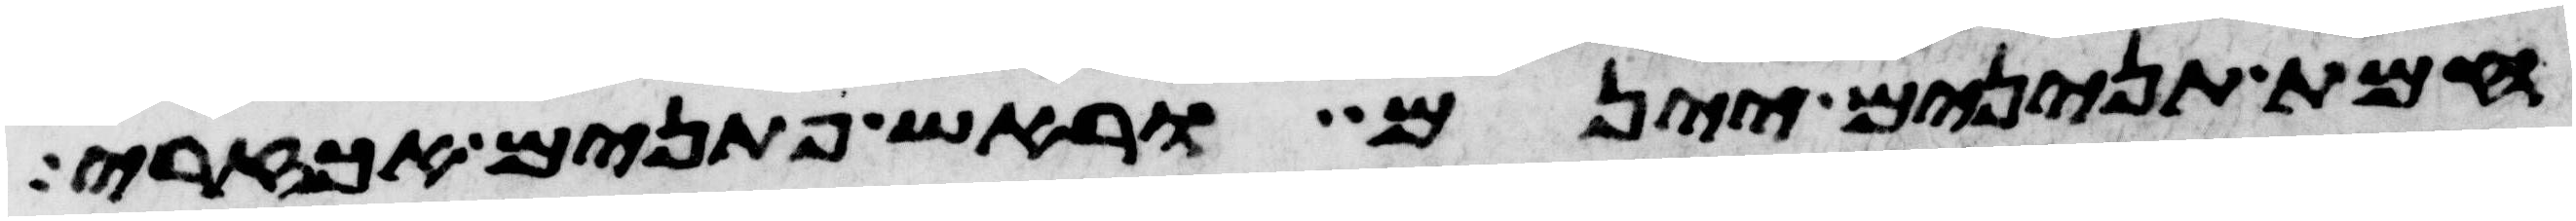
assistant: חמת תנינים יינם וראש פתנים אך זרי